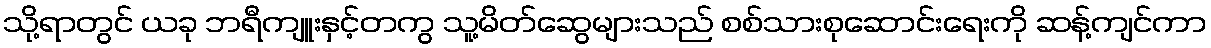
သို့ရာတွင် ယခု ဘရီကျူးနှင့်တကွ သူ့မိတ်ဆွေများသည် စစ်သားစုဆောင်းရေးကို ဆန့်ကျင်ကာ